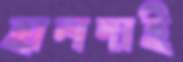
হালদাই